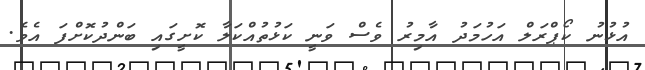
އުޅުނު ކޯޕްރަލް އަހުމަދު އާމިރު ވެސް ވަނީ ކަޅުތުއްކަލާ ކޮށީގައި ބަންދުކޮށްފަ އެވެ.